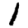
Digit: 1